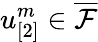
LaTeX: u_{[2]}^{m}\in\overline{{\mathcal{F}}}